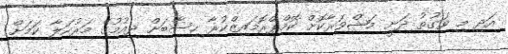
އަދި މި ވަގުތު ދަނީ މަޝްވަރާކޮށް ކޮމްޕްރޮމައިޒްކުރާ ހިސާބަށް ދިއުމުގެ މަރުހަލާ ކަމަށް